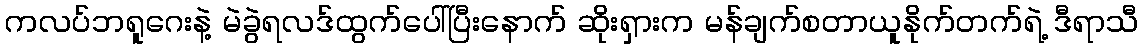
ကလပ်ဘရူဂေးနဲ့ မဲခွဲရလဒ်ထွက်ပေါ်ပြီးနောက် ဆိုးရှားက မန်ချက်စတာယူနိုက်တက်ရဲ့ ဒီရာသီ